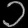
Digit: ၁